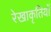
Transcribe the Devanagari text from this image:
रेखाकृतियों